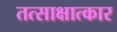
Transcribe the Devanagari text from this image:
तत्साक्षात्कार